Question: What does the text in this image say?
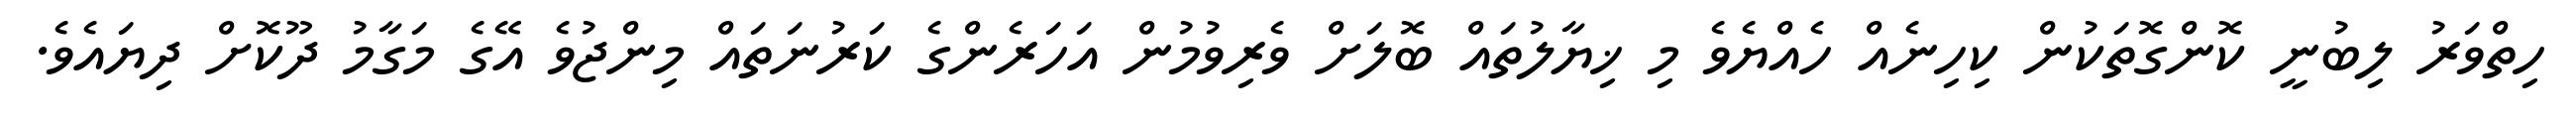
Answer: ހިތްވަރު ލިބުނީ ކޮންގޮތަކުން ކިހިނެއް ހެއްޔެވެ މި ޚިޔާލުތައް ބޮލަށް ވެރިވުމުން އަހަރެންގެ ކަރުނަތައް މިންޖުވެ އޭގެ މަގާމު ދޫކޮށް ދިޔައެވެ.